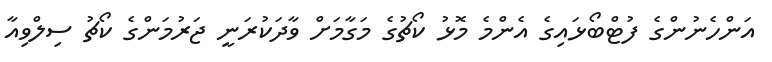
އަންހެނުންގެ ފުޓްބޯޅައިގެ އެންމެ މޮޅު ކޯޗުގެ މަގާމަށް ވާދަކުރަނީ ޖަރުމަންގެ ކޯޗު ސިލްވިއާ